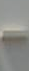
-